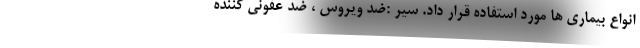
انواع بیماری ها مورد استفاده قرار داد. سیر :ضد ویروس ، ضد عفونی کننده